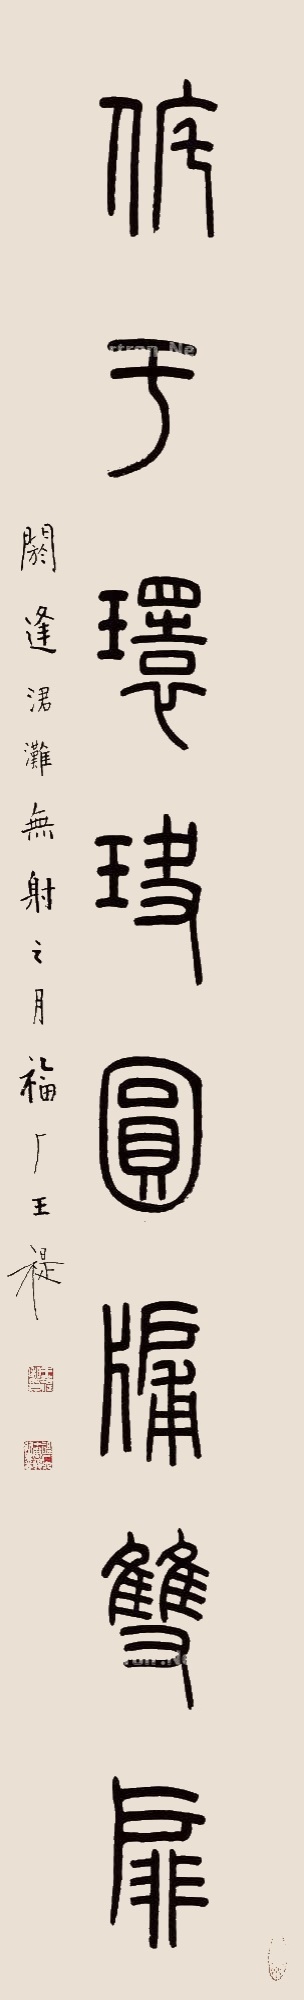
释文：侂于环玦圆牗双扉。阏逢涒滩无射之月，福厂王褆。